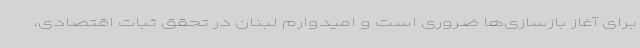
برای آغاز بازسازی‌ها ضروری است و امیدوارم لبنان در تحقق ثبات اقتصادی،